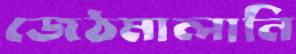
জেঠমালানি